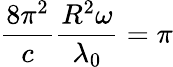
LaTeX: \frac{8\pi^{2}}{c}\frac{R^{2}\omega}{\lambda_{0}}=\pi